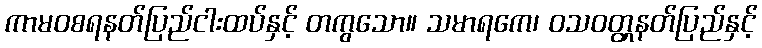
ကာမဝစရနတ်ပြည်ငါးထပ်နှင့် တကွသော။ သမာရကေ၊ ဝသဝတ္တှနတ်ပြည်နှင့်